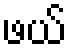
ဖယ်